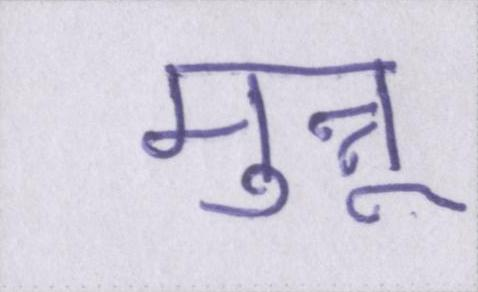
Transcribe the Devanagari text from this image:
मुन्नू